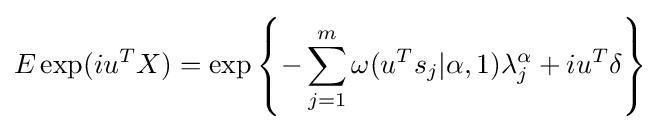
E\exp(iu^{T}X)=\exp \left\{-\sum _{j=1}^{m}\omega (u^{T}s_{j}|\alpha ,1)\lambda _{j}^{\alpha }+iu^{T}\delta \right\}